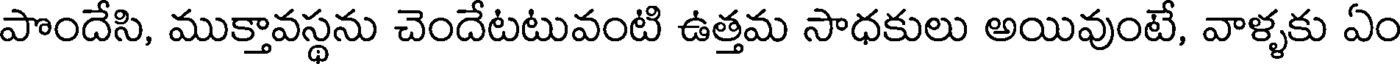
పొందేసి, ముక్తావస్థను చెందేటటువంటి ఉత్తమ సాధకులు అయివుంటే, వాళ్ళకు ఏం